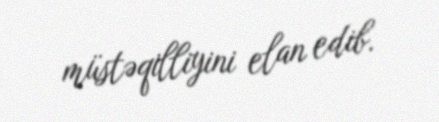
müstəqilliyini elan edib.